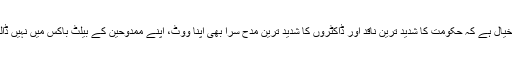
ہمارا خیال ہے کہ حکومت کا شدید ترین ناقد اور ڈاکٹروں کا شدید ترین مدح سرا بھی اپنا ووٹ، اپنے ممدوحین کے بیلٹ باکس میں نہیں ڈالے گا۔